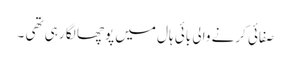
صفائی کرنے والی بائی ہال میں پوچھا لگا رہی تھی ۔